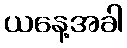
ယနေ့အခါ